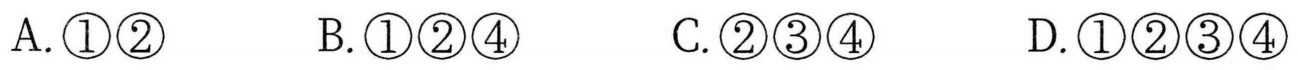
A. \textcircled{1}\textcircled{2}  \ \ \ \ \ B. \textcircled{1}\textcircled{2}\textcircled{4}  \ \ \ \ \ C. \textcircled{2}\textcircled{3}\textcircled{4}  \ \ \ \ \ D. \textcircled{1}\textcircled{2}\textcircled{3}\textcircled{4}